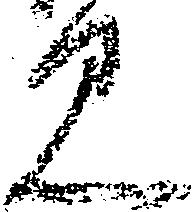
見